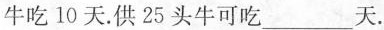
牛吃10天.供25头牛可吃___天.